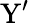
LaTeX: {\mathrm{Y^{\prime}}}